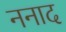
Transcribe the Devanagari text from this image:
ननाद